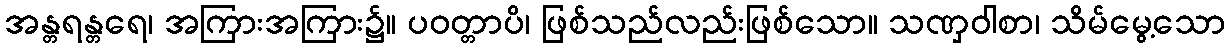
အန္တရန္တရေ၊ အကြားအကြား၌။ ပဝတ္တာပိ၊ ဖြစ်သည်လည်းဖြစ်သော။ သဏှဝါစာ၊ သိမ်မွေ့သော